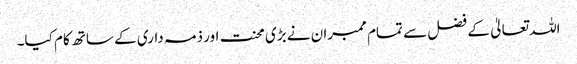
اللہ تعالیٰ کے فضل سے تمام ممبران نے بڑی محنت اور ذمہ داری کے ساتھ کام کیا۔